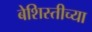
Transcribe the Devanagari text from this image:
बेशिस्तीच्या